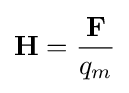
\mathbf {H} ={\mathbf {F}  \over q_{m}}